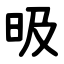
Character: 昅